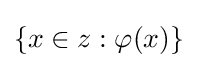
\{x\in z:\varphi (x)\}